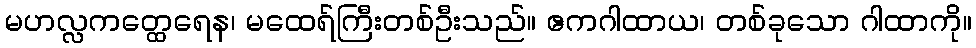
မဟလ္လကတ္ထေရေန၊ မထေရ်ကြီးတစ်ဦးသည်။ ဧကဂါထာယ၊ တစ်ခုသော ဂါထာကို။